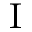
\mathrm { I }